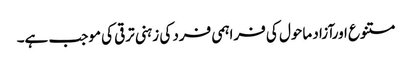
متنوع اورآزاد ماحول کی فراہمی فرد کی زہنی ترقی کی موجب ہے۔